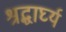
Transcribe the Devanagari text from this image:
श्रद्धार्घ्य